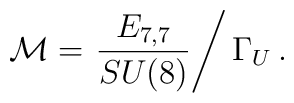
{\cal M} = \left. \frac{E_{7,7}}{SU(8)}\right/ \Gamma_U\, .